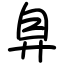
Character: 𢍂